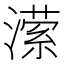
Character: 潆